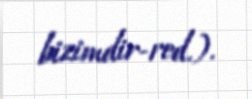
bizimdir-red.).